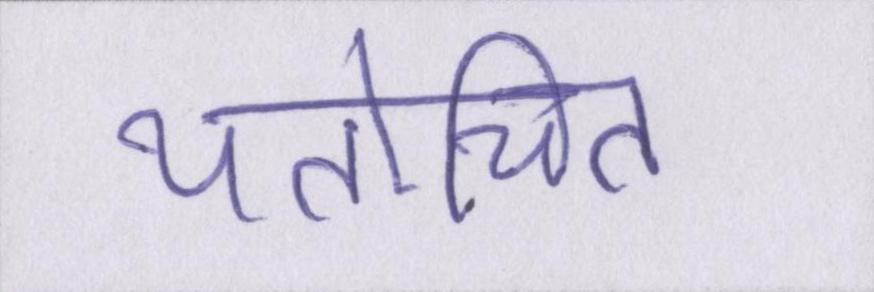
यतोचित